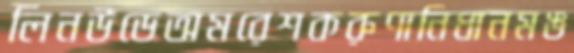
লিনউডেঅমরেশকরুণানিধানমঙ